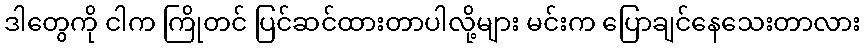
ဒါတွေကို ငါက ကြိုတင် ပြင်ဆင်ထားတာပါလို့များ မင်းက ပြောချင်နေသေးတာလား